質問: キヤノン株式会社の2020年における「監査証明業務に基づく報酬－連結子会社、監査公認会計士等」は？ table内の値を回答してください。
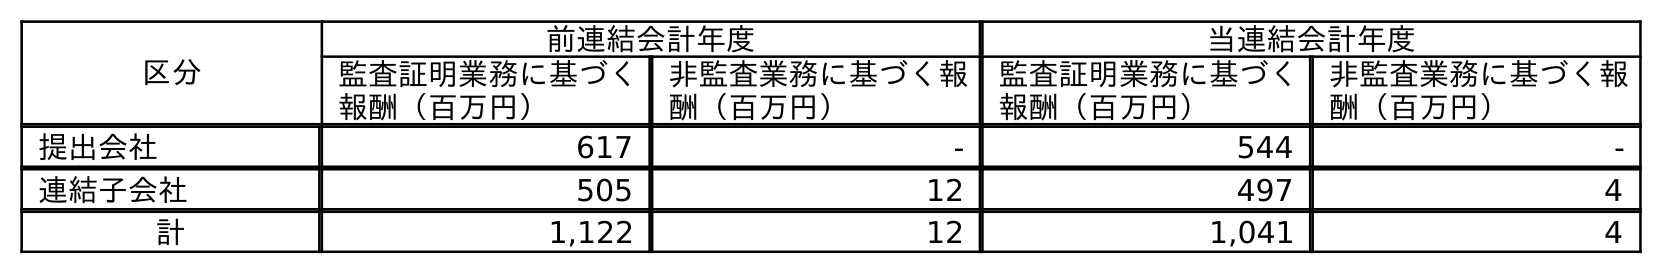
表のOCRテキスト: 区分 前連結会計年度 当連結会計年度 監査証明業務に基づく 報酬（百万円） 非監査業務に基づく報 酬（百万円） 監査証明業務に基づく 報酬（百万円） 非監査業務に基づく報 酬（百万円） 提出会社 617 - 544 - 連結子会社 505 12 497 4 計 1,122 12 1,041 4
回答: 497